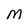
Character: M